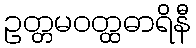
ဥတ္တမဝတ္ထဓာရိနီ